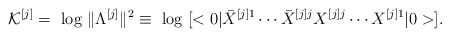
\begin{align*}{\cal K}^{[j]}=\mbox{ log }\| \Lambda ^{[j]}\| ^2\equiv\mbox{ log }[<0|{\bar{X}}^{[j]1}\cdots {\bar{X}}^{[j]j}{X}^{[j]j}\cdots {X}^{[j]1}|0>].\end{align*}